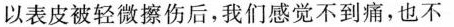
以表皮被轻微擦伤后，我们感觉不到痛，也不